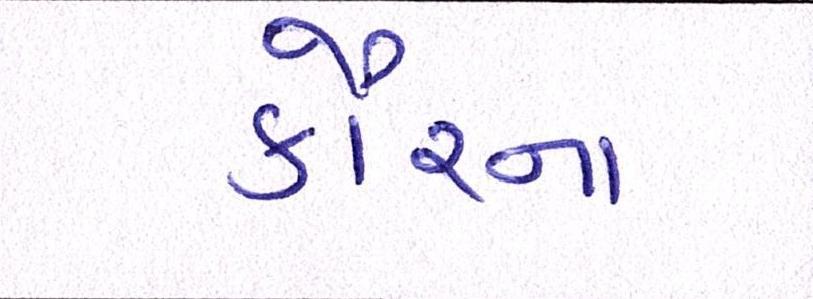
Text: કૌરના